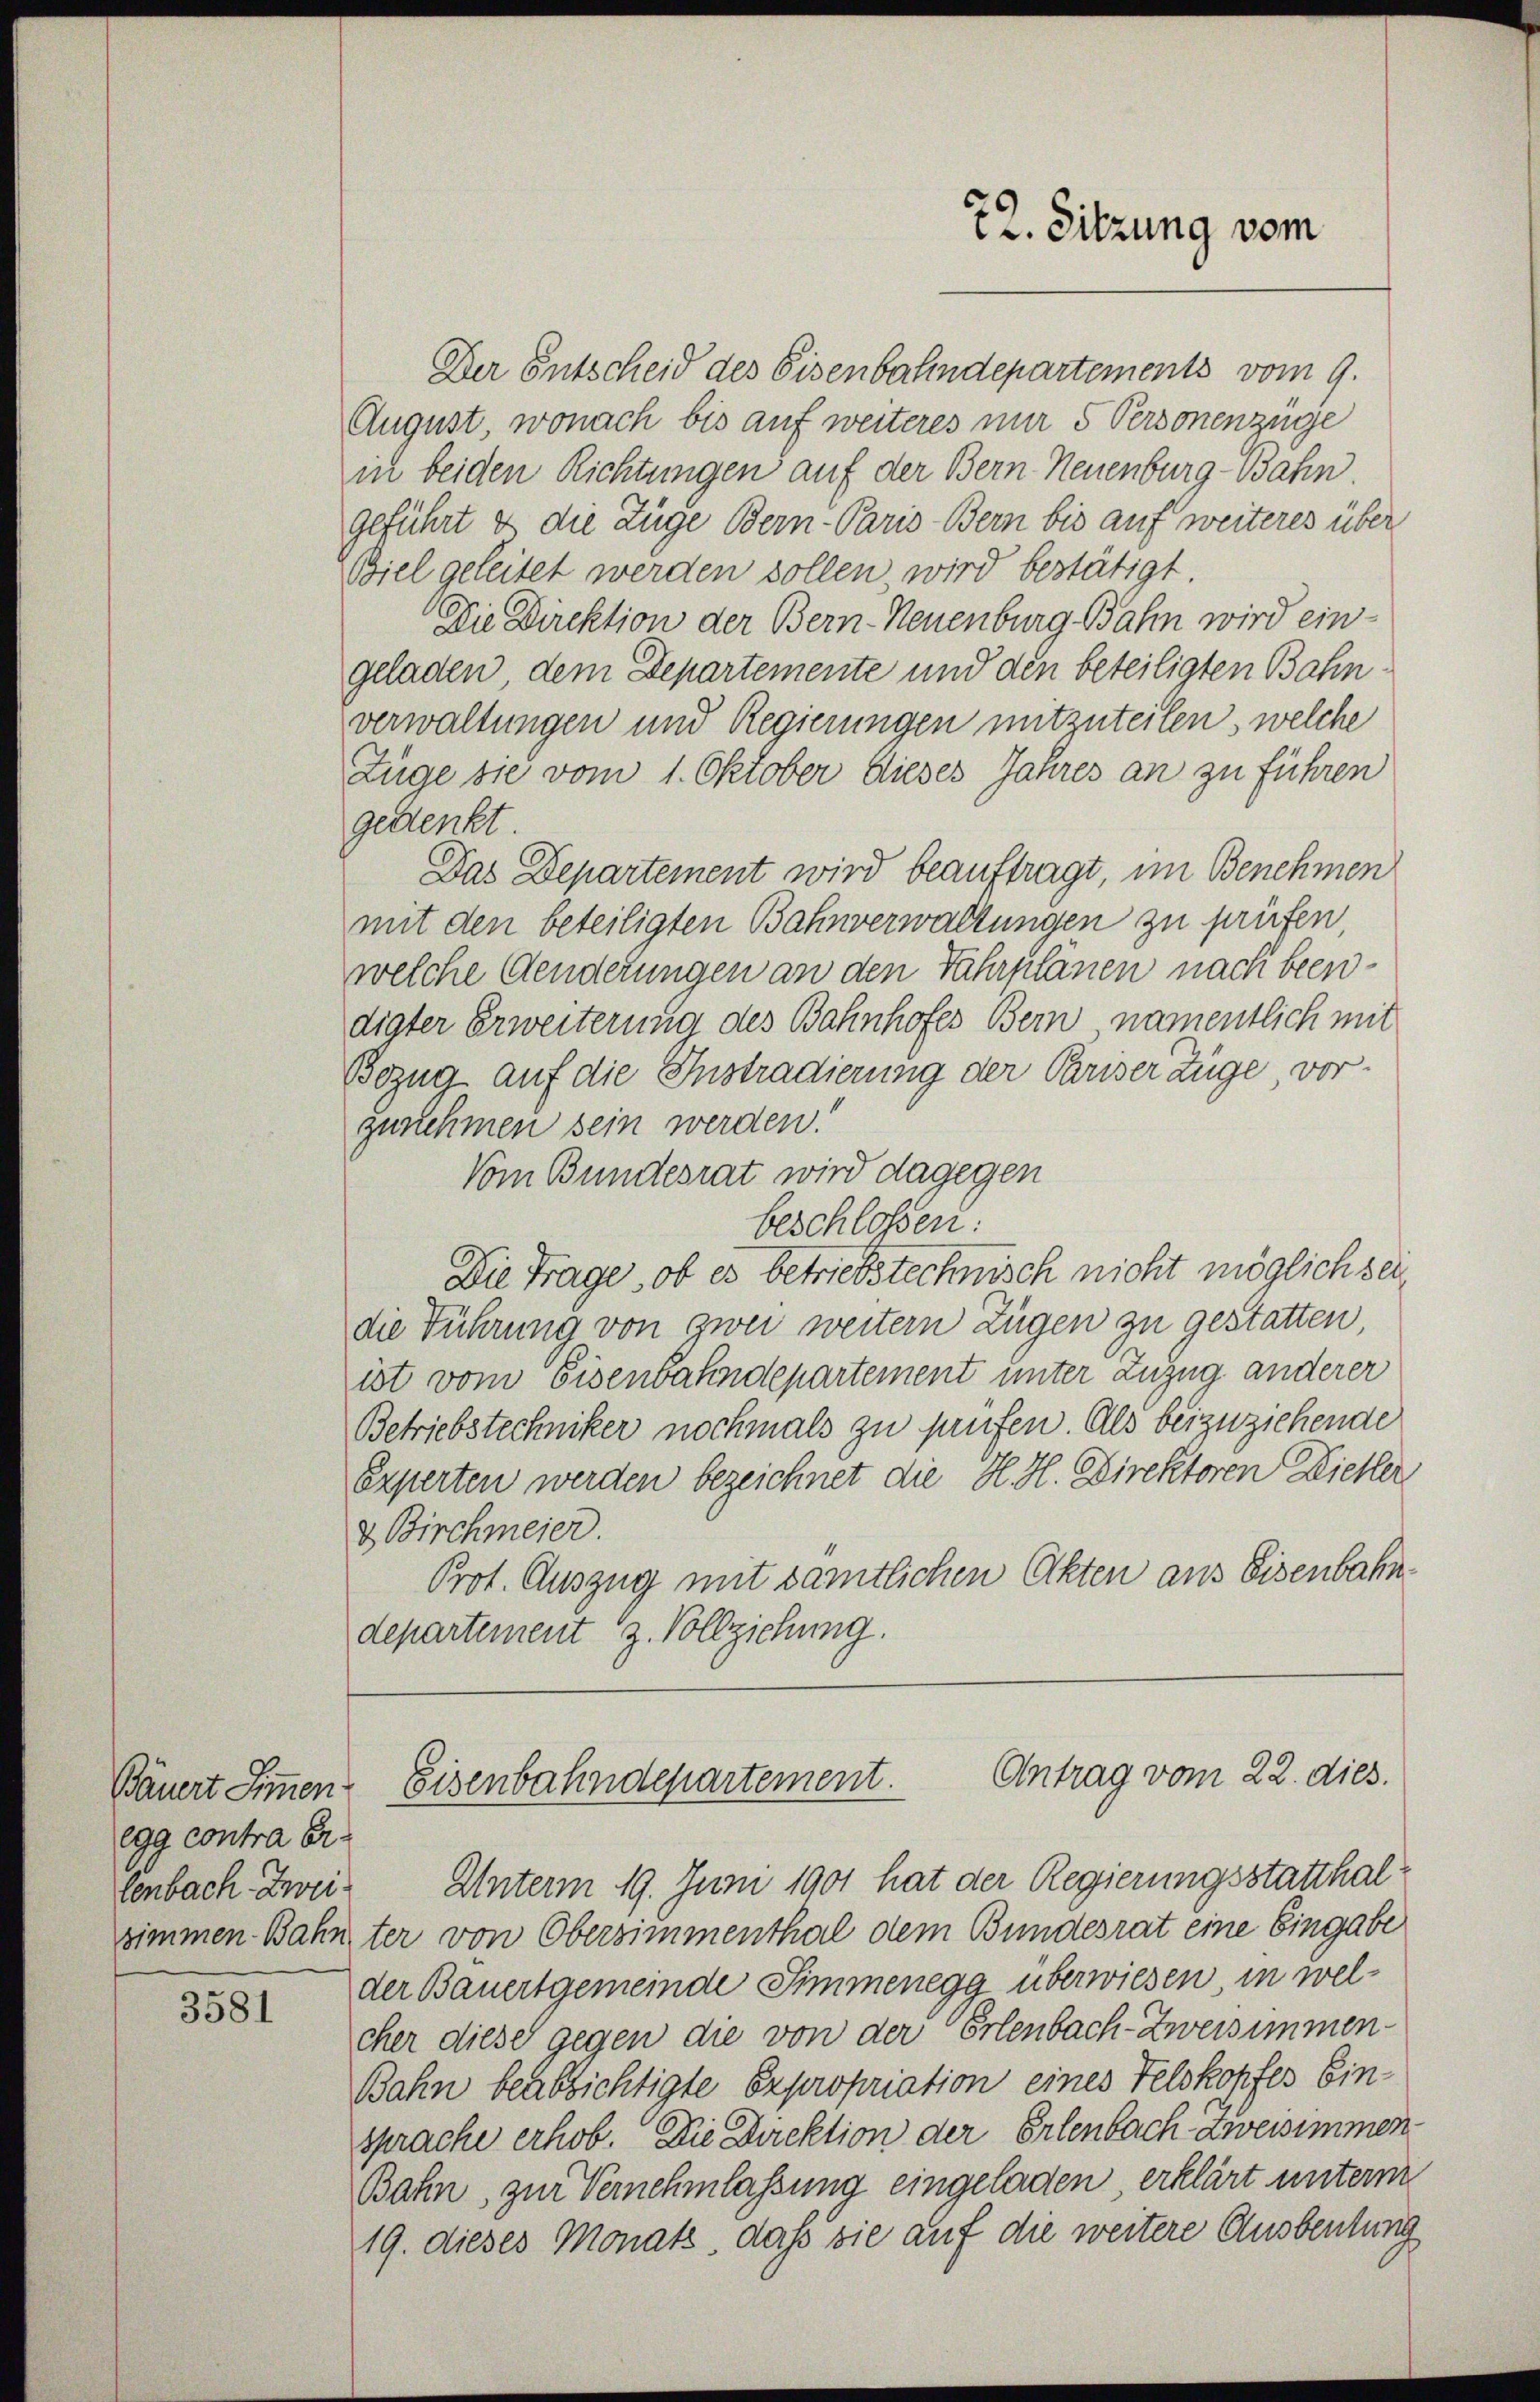
Bäuert Simmen.
egg contra er

3581

Der Entscheid des Eisenbahndepartements vom 9.
August, wonach bis auf weiteres nur 5 Personenzüge
in beiden Richtungen auf der Bern Neuenburg-Bahn.
geführt & die Züge Bern-Paris Bern bis auf weiteres über
Biel geleitet werden sollen, wird bestätigt.
Die Direktion der Bern-Neuenburg Bahn wird eingeladen, dem Departemente und den beteiligten Bahnverwaltungen und Regierungen mitzuteilen, welche
Züge sie vom 1. Oktober dieses Jahres an zu führen
gedenkt.
Das Departement wird beauftragt, im Benehmen
mit den beteiligten Bahnverwaltungen zu prüfen,
welche Aenderungen an den Fahrplänen nach beendigter Erweiterung des Bahnhofes Bern namentlich mit
Bezug auf die Instradierung der Pariser Züge vor-
zunehmen sein werden.
Vom Bundesrat wird dagegen
beschlossen:
Die Frage, ob es betriebstechnisch nicht möglich seidie Führung von zwei weitern Zügen zu gestatten,
ist vom Eisenbahndepartement unter Zuzug anderer
Betriebstechniker nochmals zu prüfen. Als beizuziehende
Experten werden bezeichnet die H. H. Direktoren Dieller
& Birchmeier.
Prot. Auszug mit sämtlichen Akten aus Eisenbahndepartement z. Vollziehung.

72. Sitzung vom

Eisenbahndepartement. Antrag vom 22. dies.

lenbach. Zwei Unterm 19. Juni 1901 hat der Regierungsstatthalzimmen Bahnter von Obersimmenthal dem Bundesrat eine Eingabe
der Bauertgemeinde Simmenegg überwiesen, in welcher diese gegen die von der Erlenbach-Zweisimmen¬
Bahn beabsichtigte Expropriation eines Felskopfes Einsprache erhob. Die Direktion der Erlenbach Zweisimmen¬
Bahn, zur Vernehmlassung eingeladen, erklärt unterm
19. dieses Monatz, daß sie auf die weitere Ausbeutung